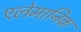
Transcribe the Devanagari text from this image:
एलेमानिक